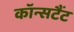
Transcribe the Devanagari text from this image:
कॉन्सटैंट